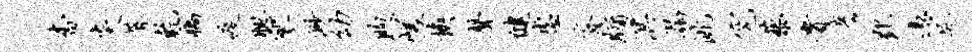
杳炎蓐乾稿疫腮寥渺幼煦嵯换声健虚脊牖溟漏洮究藜贵彦郢凭尻